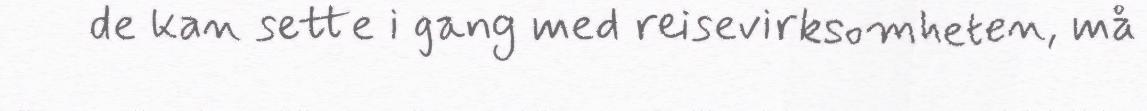
de kan sette i gang med reisevirksomheten, må